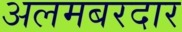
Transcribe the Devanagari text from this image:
अलमबरदार